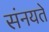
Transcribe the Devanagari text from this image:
संनयते